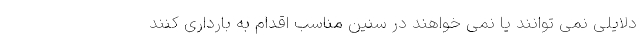
دلایلی نمی توانند یا نمی خواهند در سنین مناسب اقدام به بارداری کنند